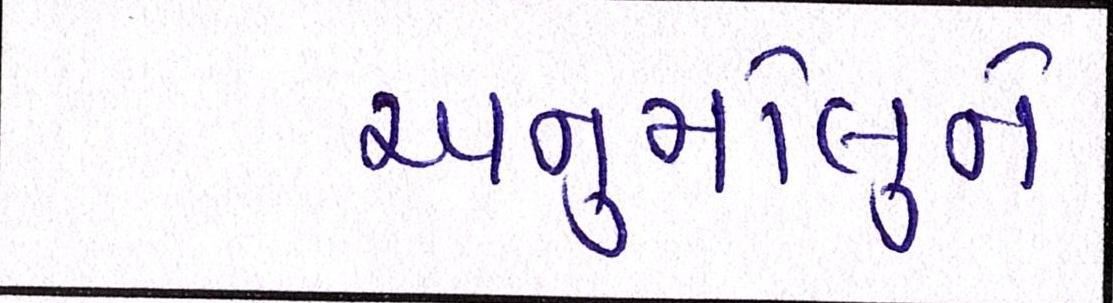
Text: અનુમોલુને